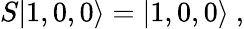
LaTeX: S|1,0,0\rangle=|1,0,0\rangle\ ,